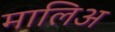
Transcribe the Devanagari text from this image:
मालिअ